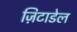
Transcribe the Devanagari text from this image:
ज़िटाडेल